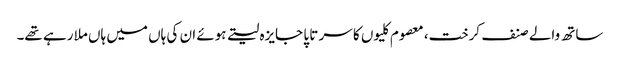
ساتھ والے صنف کرخت، معصوم کلیوں کا سر تا پا جایزہ لیتے ہوئے ان کی ہاں میں ہاں ملا رہے تھے۔